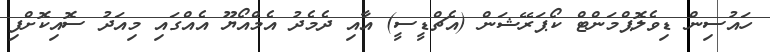
ހައުސިން ޑިވެލޮޕްމަންޓް ކޯޕަރޭޝަން (އެޗްޑީސީ) އާއި ދެމެދު އެމްއޯޔޫ އެއްގައި މިއަދު ސޮއިކޮށްފި